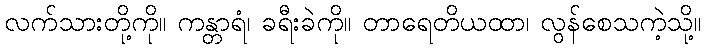
လက်သားတို့ကို။ ကန္တာရံ၊ ခရီးခဲကို။ တာရေတိယထာ၊ လွန်စေသကဲ့သို့။